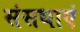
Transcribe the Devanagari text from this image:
संसथाएं